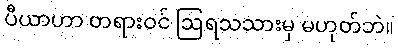
ပီယာဟာ တရားဝင် ဩရသသားမှ မဟုတ်ဘဲ။